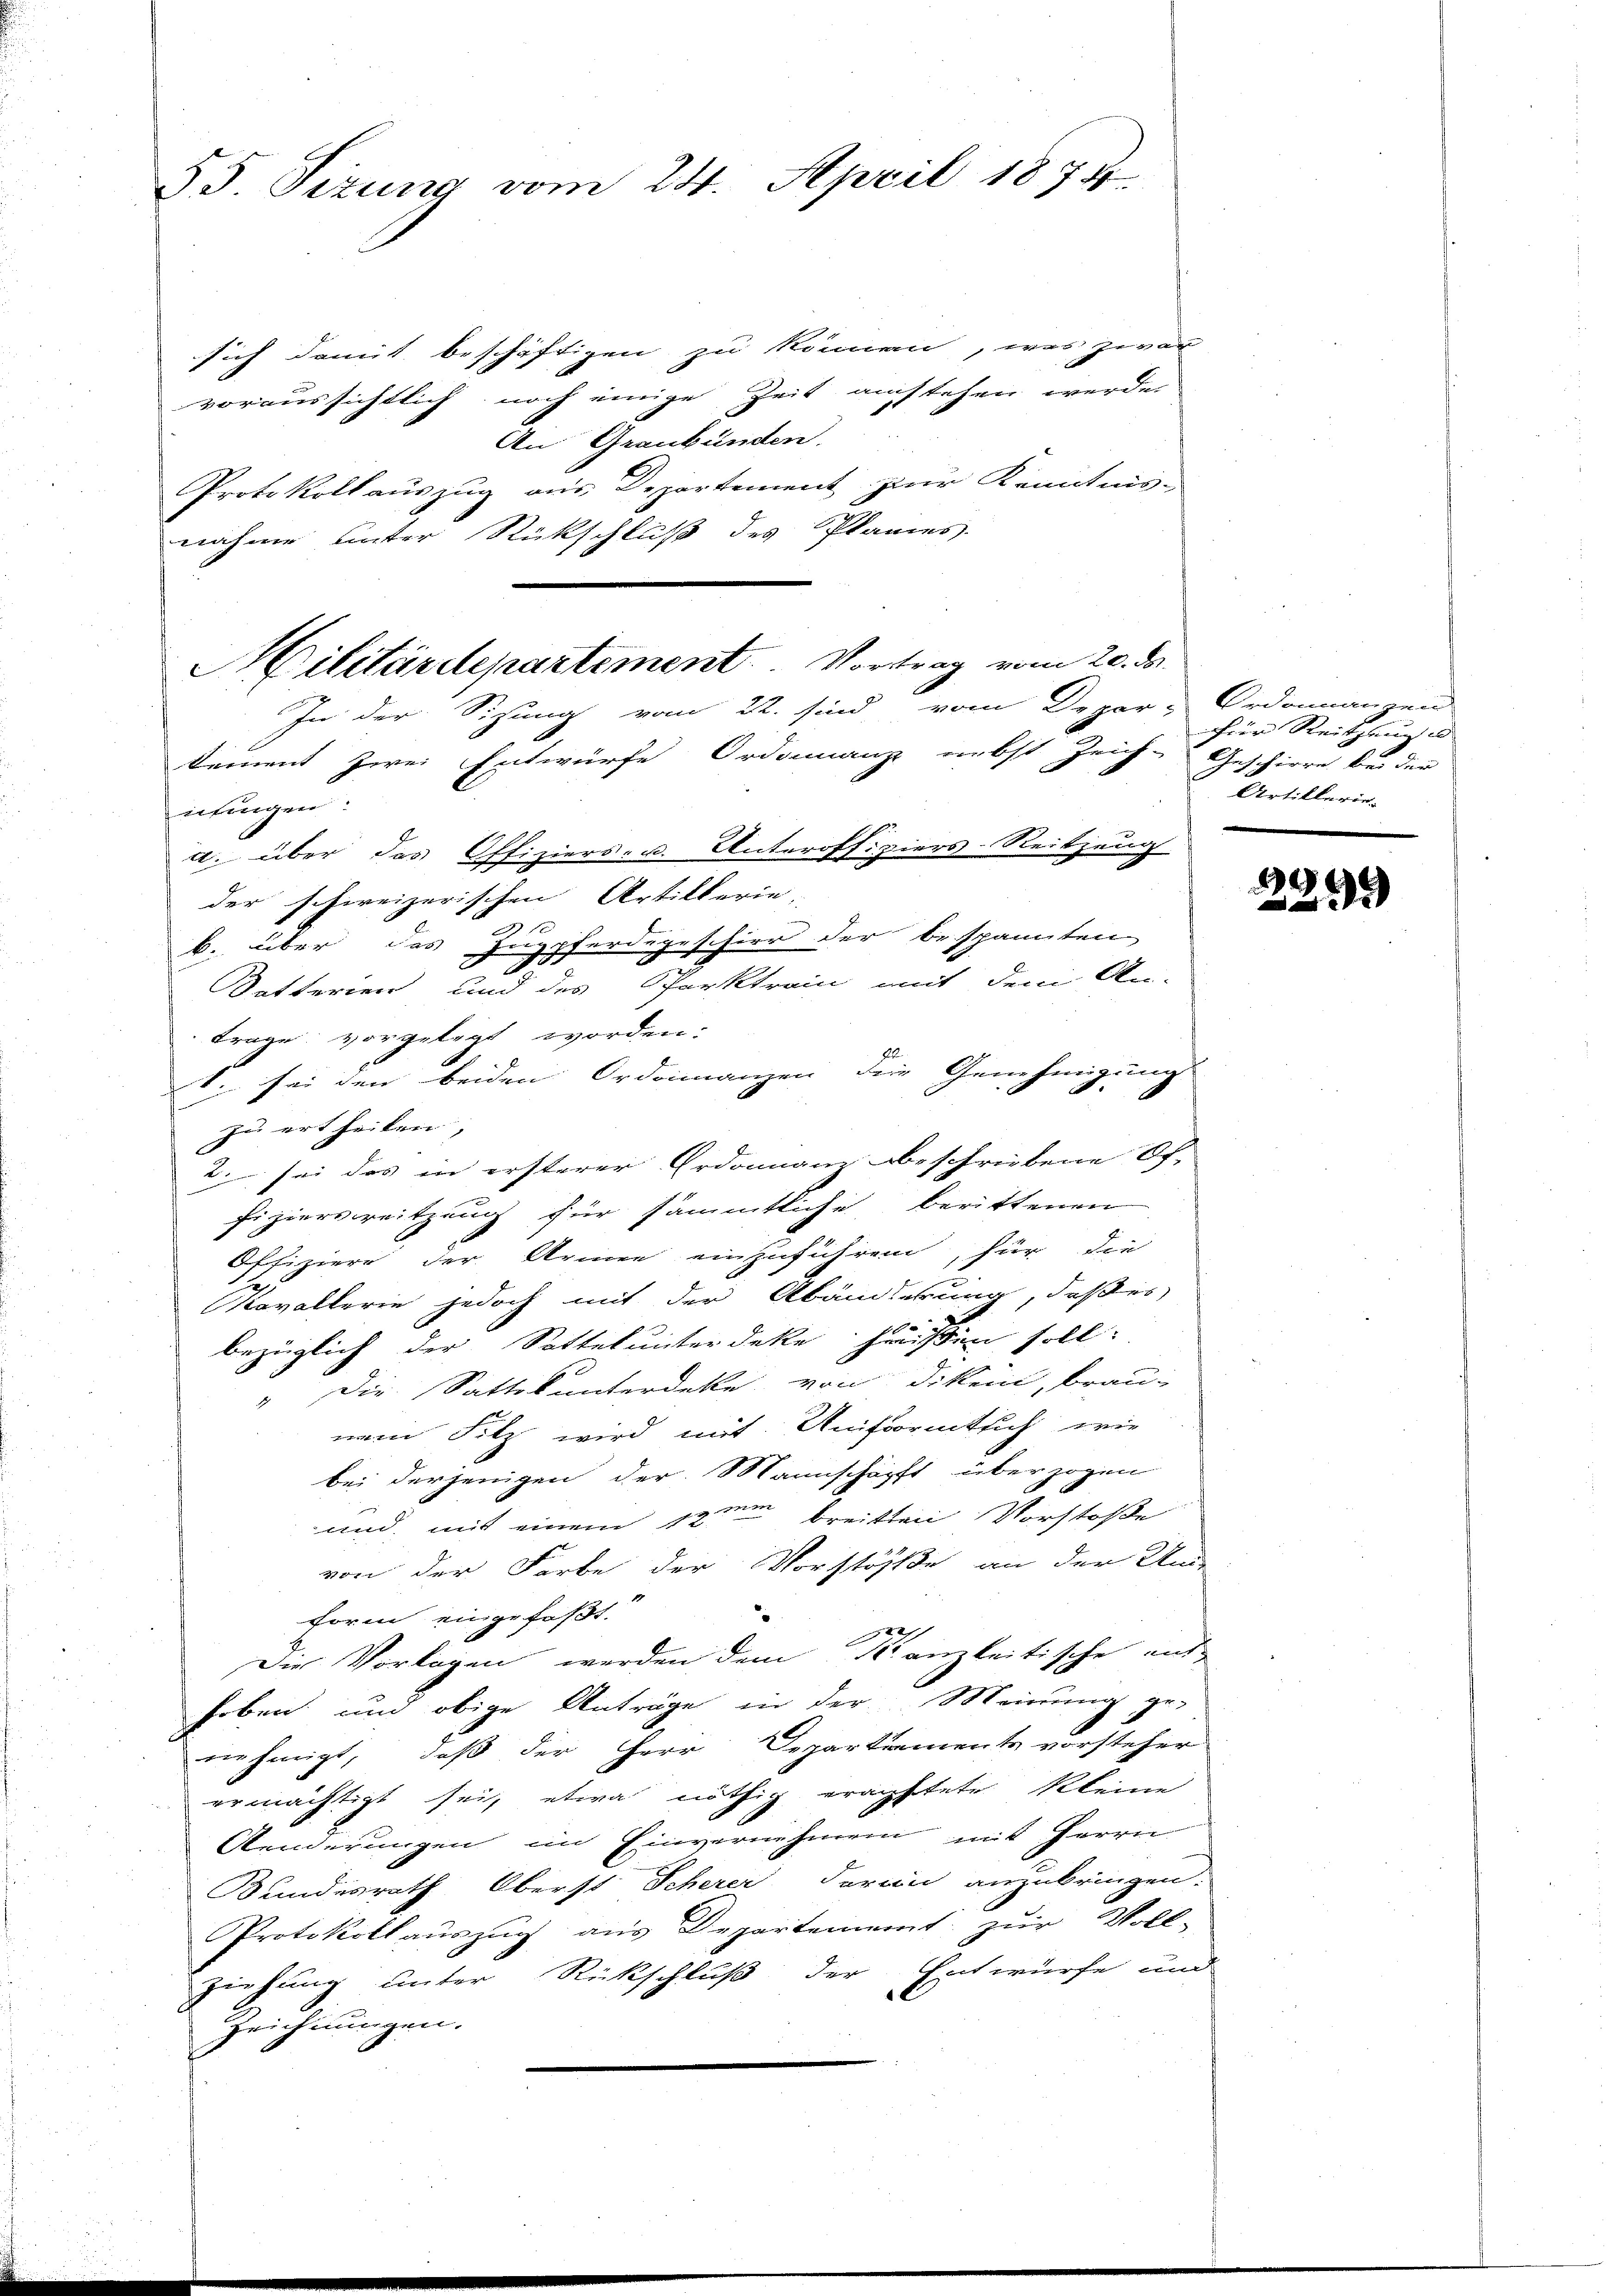
55. Sizung vom 24. April 1875

sich damit beschäftigen zu können, was zwar
voraussichtlich noch einige Zeit austehen werde.
An Graubünden.
Protokoll auszug aus Departement zur Kenntnis-
nahme unter Rückschluß des Planes.
In der Sizung vom 22. sind vom Depar-Ordonnanzen
kement zwei Entwürfe Ordinanze nebst Zeich-
nilingen.
d. über das Offiziers- u. Unteroffiziers-Reitzung
der schweizerischen Artillerie-
10
b. über des Juppferdegescherr der bespannten
Batterren, und des Parktrain mit dem An-
trage vorgelegt worden:
gl
1. sei den beiden Ordinanzen der Genehmigung
zu ertheilen,
2 sei das in ersterer Ordonnanz beschriebene Of-
fizierseitzung für sämmtliche berittenen
Offiziere der Armee einzuführen, für die
avallerie jedoch mit der Abänderung, daß es
bezüglich der Sittelunterdeke heißen soll.
" Die Sattel unterdeke von Dikein, brau-
nem Filz wird mit Uniformtlich wie
bei derjenigen der Mannschäft überzogen
und mit einem 12ten breitten Vorstoße
von der Farbe der Vorstöße an der Un-
form eingefaßt.
27
Die Vorlagen werden dem Kanzleitische ent-
hoben und obige Anträge in der Meinung ge-
nehmigt, daß der Herr Departements vorsteher
ermächtigt sei, etwa nöthig erachtete kleine
Aenderungen im Einvernehmen mit Herrn
Bundesrath Oberst Scherer darin anzubringen.
Protokollauszug aus Departement zur Voll-
ziehung unter Rückschluß der Entwürfe und
zeichnungen.

Militärdepartement. Vortrag vom 20. ds.

für Reithaus e
Geschieren bei der |
Artillerie-

1
2